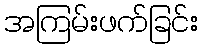
အကြမ်းဖက်ခြင်း